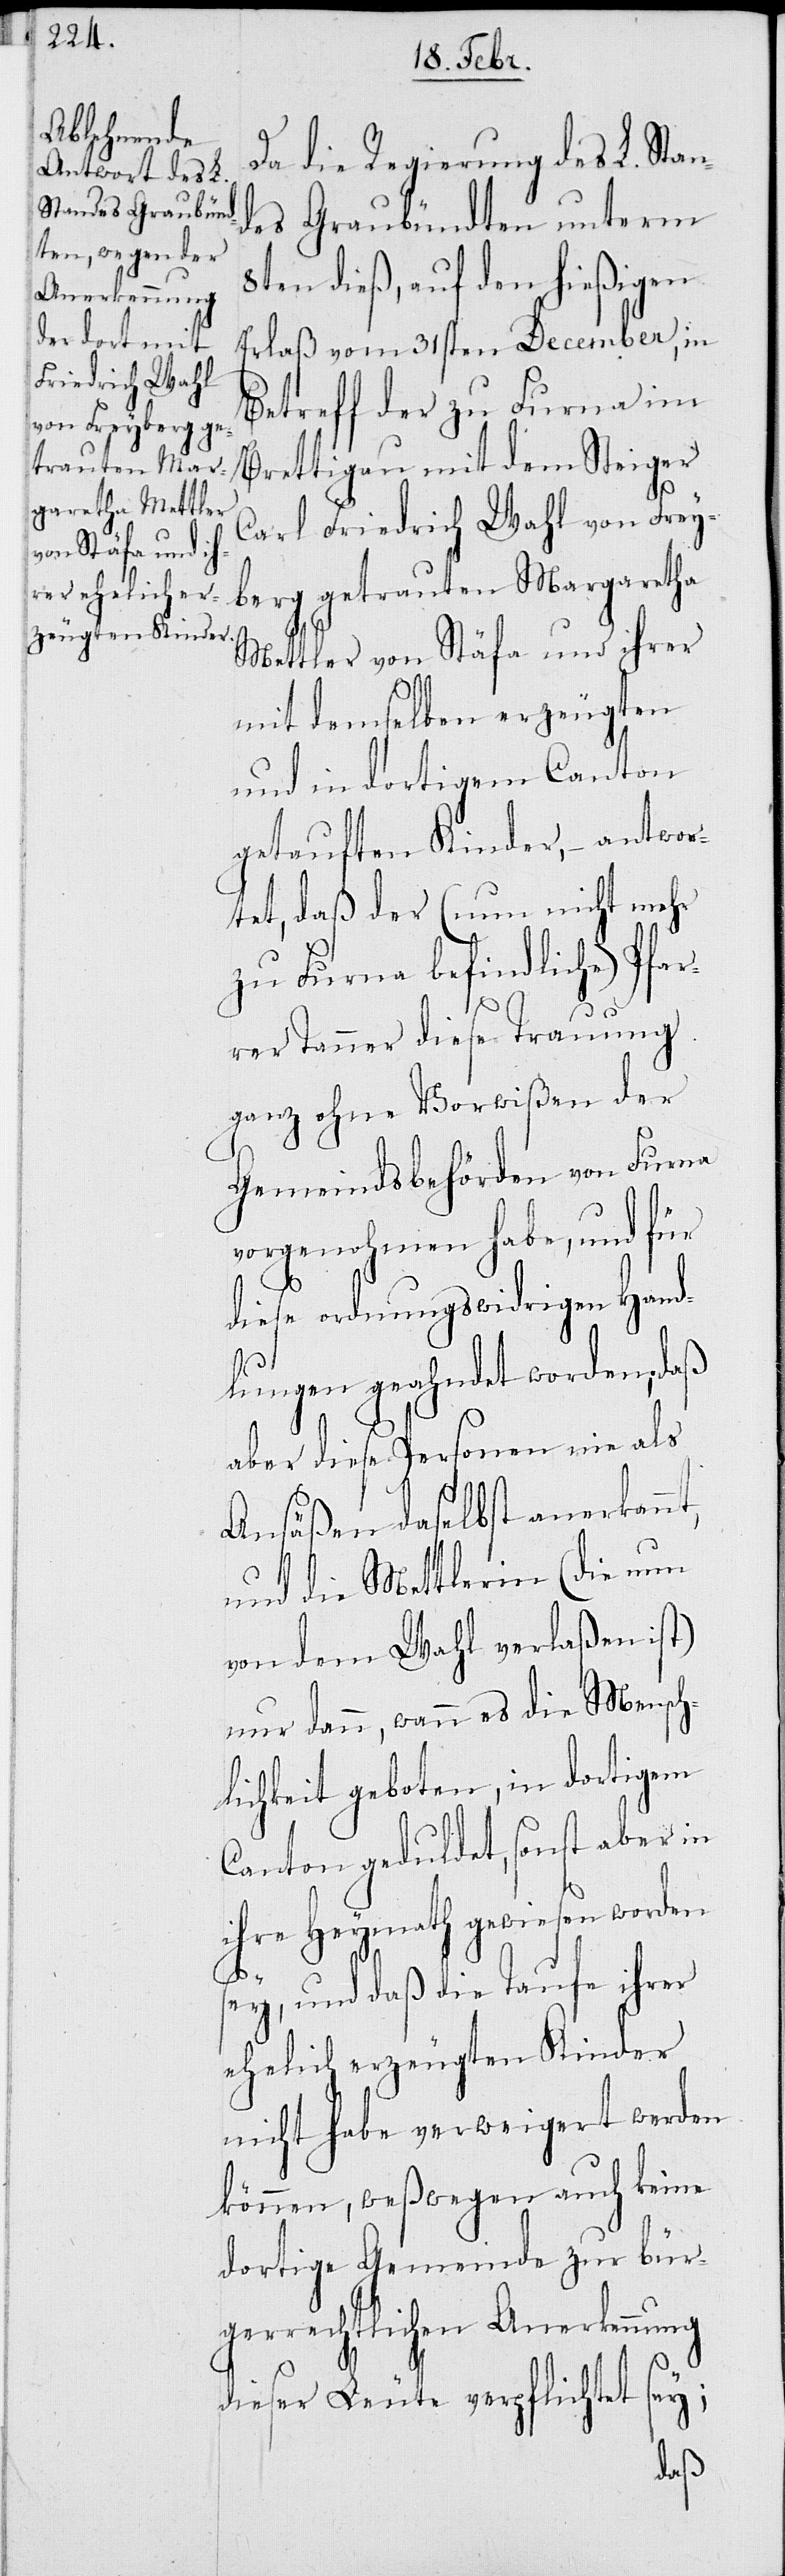
Da die Regierung des L. Stan¬
des Graubündten unterm
8ten dieß, auf den hießigen
Erlaß des 31sten December, in
Betreff der zu Furna im
Brettigau mit dem Steiger
Carl Friedrich Wahl von Frey¬
berg getrauten Margaretha
Mettler von Stäfa und ihrer
mit demselben erzeugten
und in dortigem Canton
getauften Kinder, – antwor¬
tet, daß der (nun nicht mehr
zu Furna befindliche) Pfar¬
rer Tanner diese Trauung
ganz ohne Vorwißen der
Gemeindsbehörden von Furna
vorgenohmen habe, und für
diese ordnungswidrigen Hand¬
lungen geahndet worden; daß
aber diese Personen nie als
Ansäßen daselbst anerkannt,
und die Mettlerin (die nun
von dem Wahl verlaßen ist)
nur dann, wenn es die Mensch¬
lichkeit geboten, in dortigem
Canton geduldet, sonst aber in
ihre Heymath gewiesen worden
sey, und daß die Taufe ihrer
ehelich erzeugten Kinder
nicht habe verweigert werden
können, weßwegen auch keine
dortige Gemeinde zur bür¬
gerrechtlichen Anerkennung
dieser Leute verpflichtet sey;